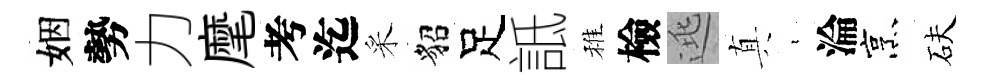
姻勢力麾考迄采貂足詆稚檢逃真裊淪烹砆